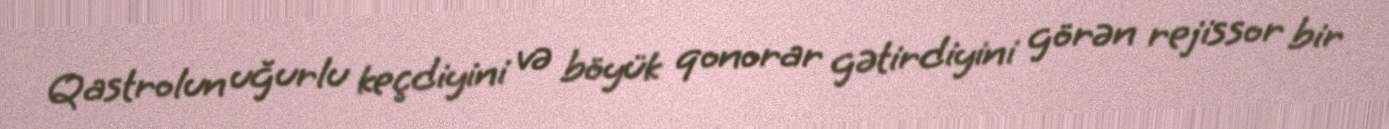
Qastrolun uğurlu keçdiyini və böyük qonorar gətirdiyini görən rejissor bir